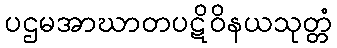
ပဌမအာဃာတပဋိဝိနယသုတ္တံ